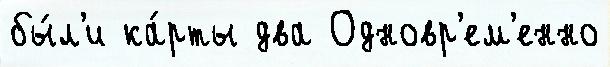
бы́л'и ка́рты два Одновр'ем'енно